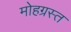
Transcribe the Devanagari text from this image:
मोहग्रस्त